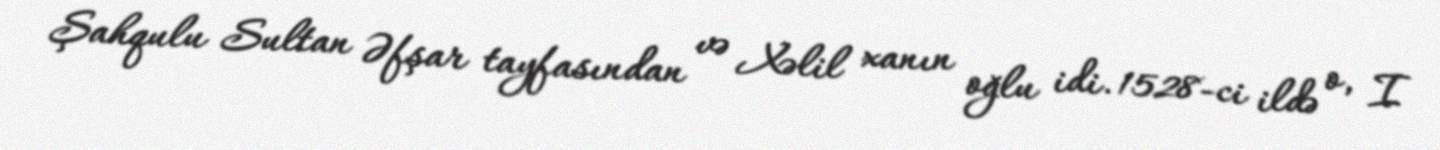
Şahqulu Sultan Əfşar tayfasından və Xəlil xanın oğlu idi. 1528-ci ildə o, I